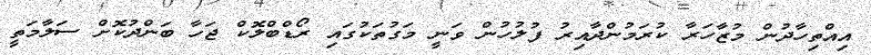
އިއްތިހާދުން މުޒާހަރާ ކުރަމުންދާއިރު ފުލުހުން ވަނީ މަގުތަކުގައި ރޯޑްބްލޮކް ޖަހާ ބަންދުކޮށް ސަލާމަތީ